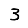
Digit: 3